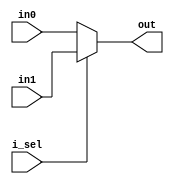
module Mux2(in0,
            in1,
            i_sel,
            out);
            
parameter WIDTH = 5;

input   [WIDTH-1:0] in0, in1;
input               i_sel;
output  [WIDTH-1:0] out;

assign out = i_sel ? in1 : in0;
  
endmodule